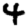
Digit: 4